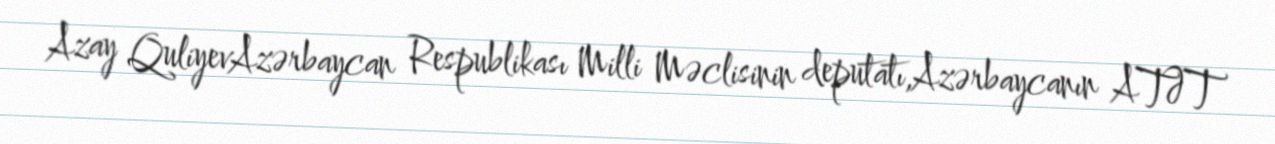
Azay QuliyevAzərbaycan Respublikası Milli Məclisinin deputatı,Azərbaycanın ATƏT